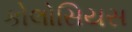
કોલોસિયસ